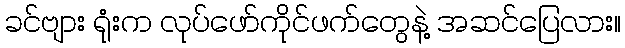
ခင်ဗျား ရုံးက လုပ်ဖော်ကိုင်ဖက်တွေနဲ့ အဆင်ပြေလား။